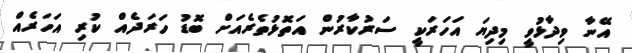
އޭނާ ވިދާޅުވީ މިދިޔަ އަހަރަކީ ސަރުކާރުން އަތޮޅުތެރެއަށް ބޮޑު ހަރަދެއް ކުރި އަހަރެއް